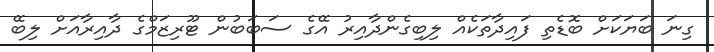
ގިނަ ބަޔަކަށް ބޮޑެތި ފައިދާތަކެއް ލިބިގެންދާއިރު އޭގެ ސަބަބުން ޓޫރިޒަމްގެ ދާއިރާއަށް ލިބޭ